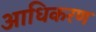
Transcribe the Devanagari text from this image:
आधिकरण